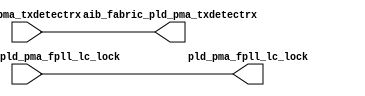
// This program was cloned from: https://github.com/chipsalliance/aib-phy-hardware
// License: Apache License 2.0

// SPDX-License-Identifier: Apache-2.0
// Copyright (C) 2019 Intel Corporation. 
module hdpldadapt_tx_async_direct (
// PLD IF
input  wire            pld_pma_txdetectrx,

// AIB IF
input  wire            aib_fabric_pld_pma_fpll_lc_lock,

// PLD IF
output   wire          pld_pma_fpll_lc_lock,

// AIB IF
output   wire          aib_fabric_pld_pma_txdetectrx
);

assign aib_fabric_pld_pma_txdetectrx = pld_pma_txdetectrx;
assign pld_pma_fpll_lc_lock          = aib_fabric_pld_pma_fpll_lc_lock;

endmodule